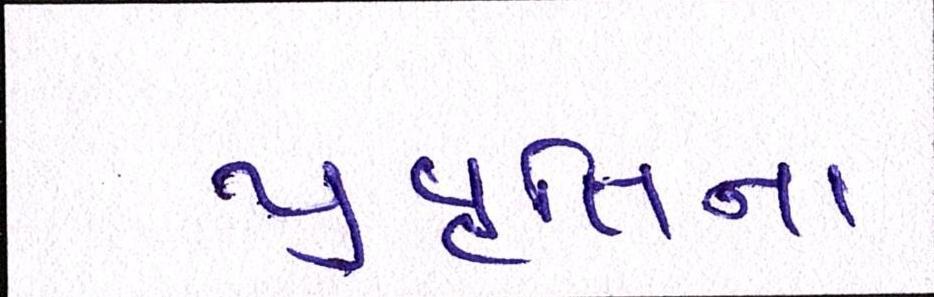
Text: પ્રવૃત્તિના